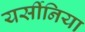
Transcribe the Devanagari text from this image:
यर्सीनिया